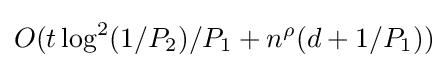
O(t\log ^{2}(1/P_{2})/P_{1}+n^{\rho }(d+1/P_{1}))